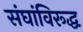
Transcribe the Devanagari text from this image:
संघांविरूद्ध